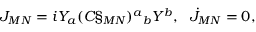
J _ { M N } = i Y _ { a } ( C \S _ { M N } ) ^ { a } { } _ { b } Y ^ { b } , \: \: \: \dot { J } _ { M N } = 0 ,